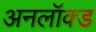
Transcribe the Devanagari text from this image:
अनलॉक्ड